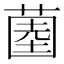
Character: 𱾒